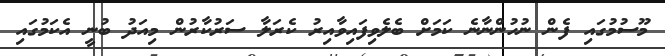
މޫސުމުގައި ފެން ނުހުންނާނެ ކަމަށް ބެލެވިފައިވާއިރު ކެރަލާ ސަރުކާރުން މިއަދު ބުނީ އެކަމުގައި